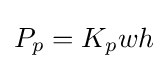
P_{p}=K_{p}wh